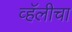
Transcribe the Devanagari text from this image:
व्हॅलीचा